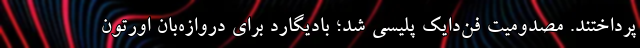
پرداختند. مصدومیت فن‌دایک پلیسی شد؛ بادیگارد برای دروازه‌بان اورتون